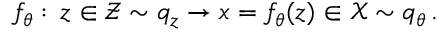
\begin{array} { r } { f _ { \theta } : \, z \in \mathcal { Z } \sim q _ { z } \to x = f _ { \theta } ( z ) \in \mathcal { X } \sim q _ { \theta } \, . } \end{array}